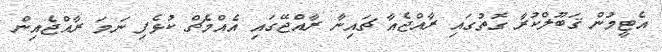
އެޓީމުން ޤަބޫލްކުރާ ގޮތުގައި ރާއްޖެއާ ޗައިނާ ރާއްޖޭގައި އެއްމެޗް ކުޅެފި ނަމަ ރާއްޖެއިން